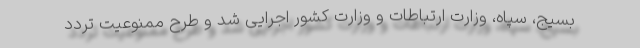
بسیج، سپاه، وزارت ارتباطات و وزارت کشور اجرایی شد و طرح ممنوعیت تردد